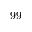
9 9